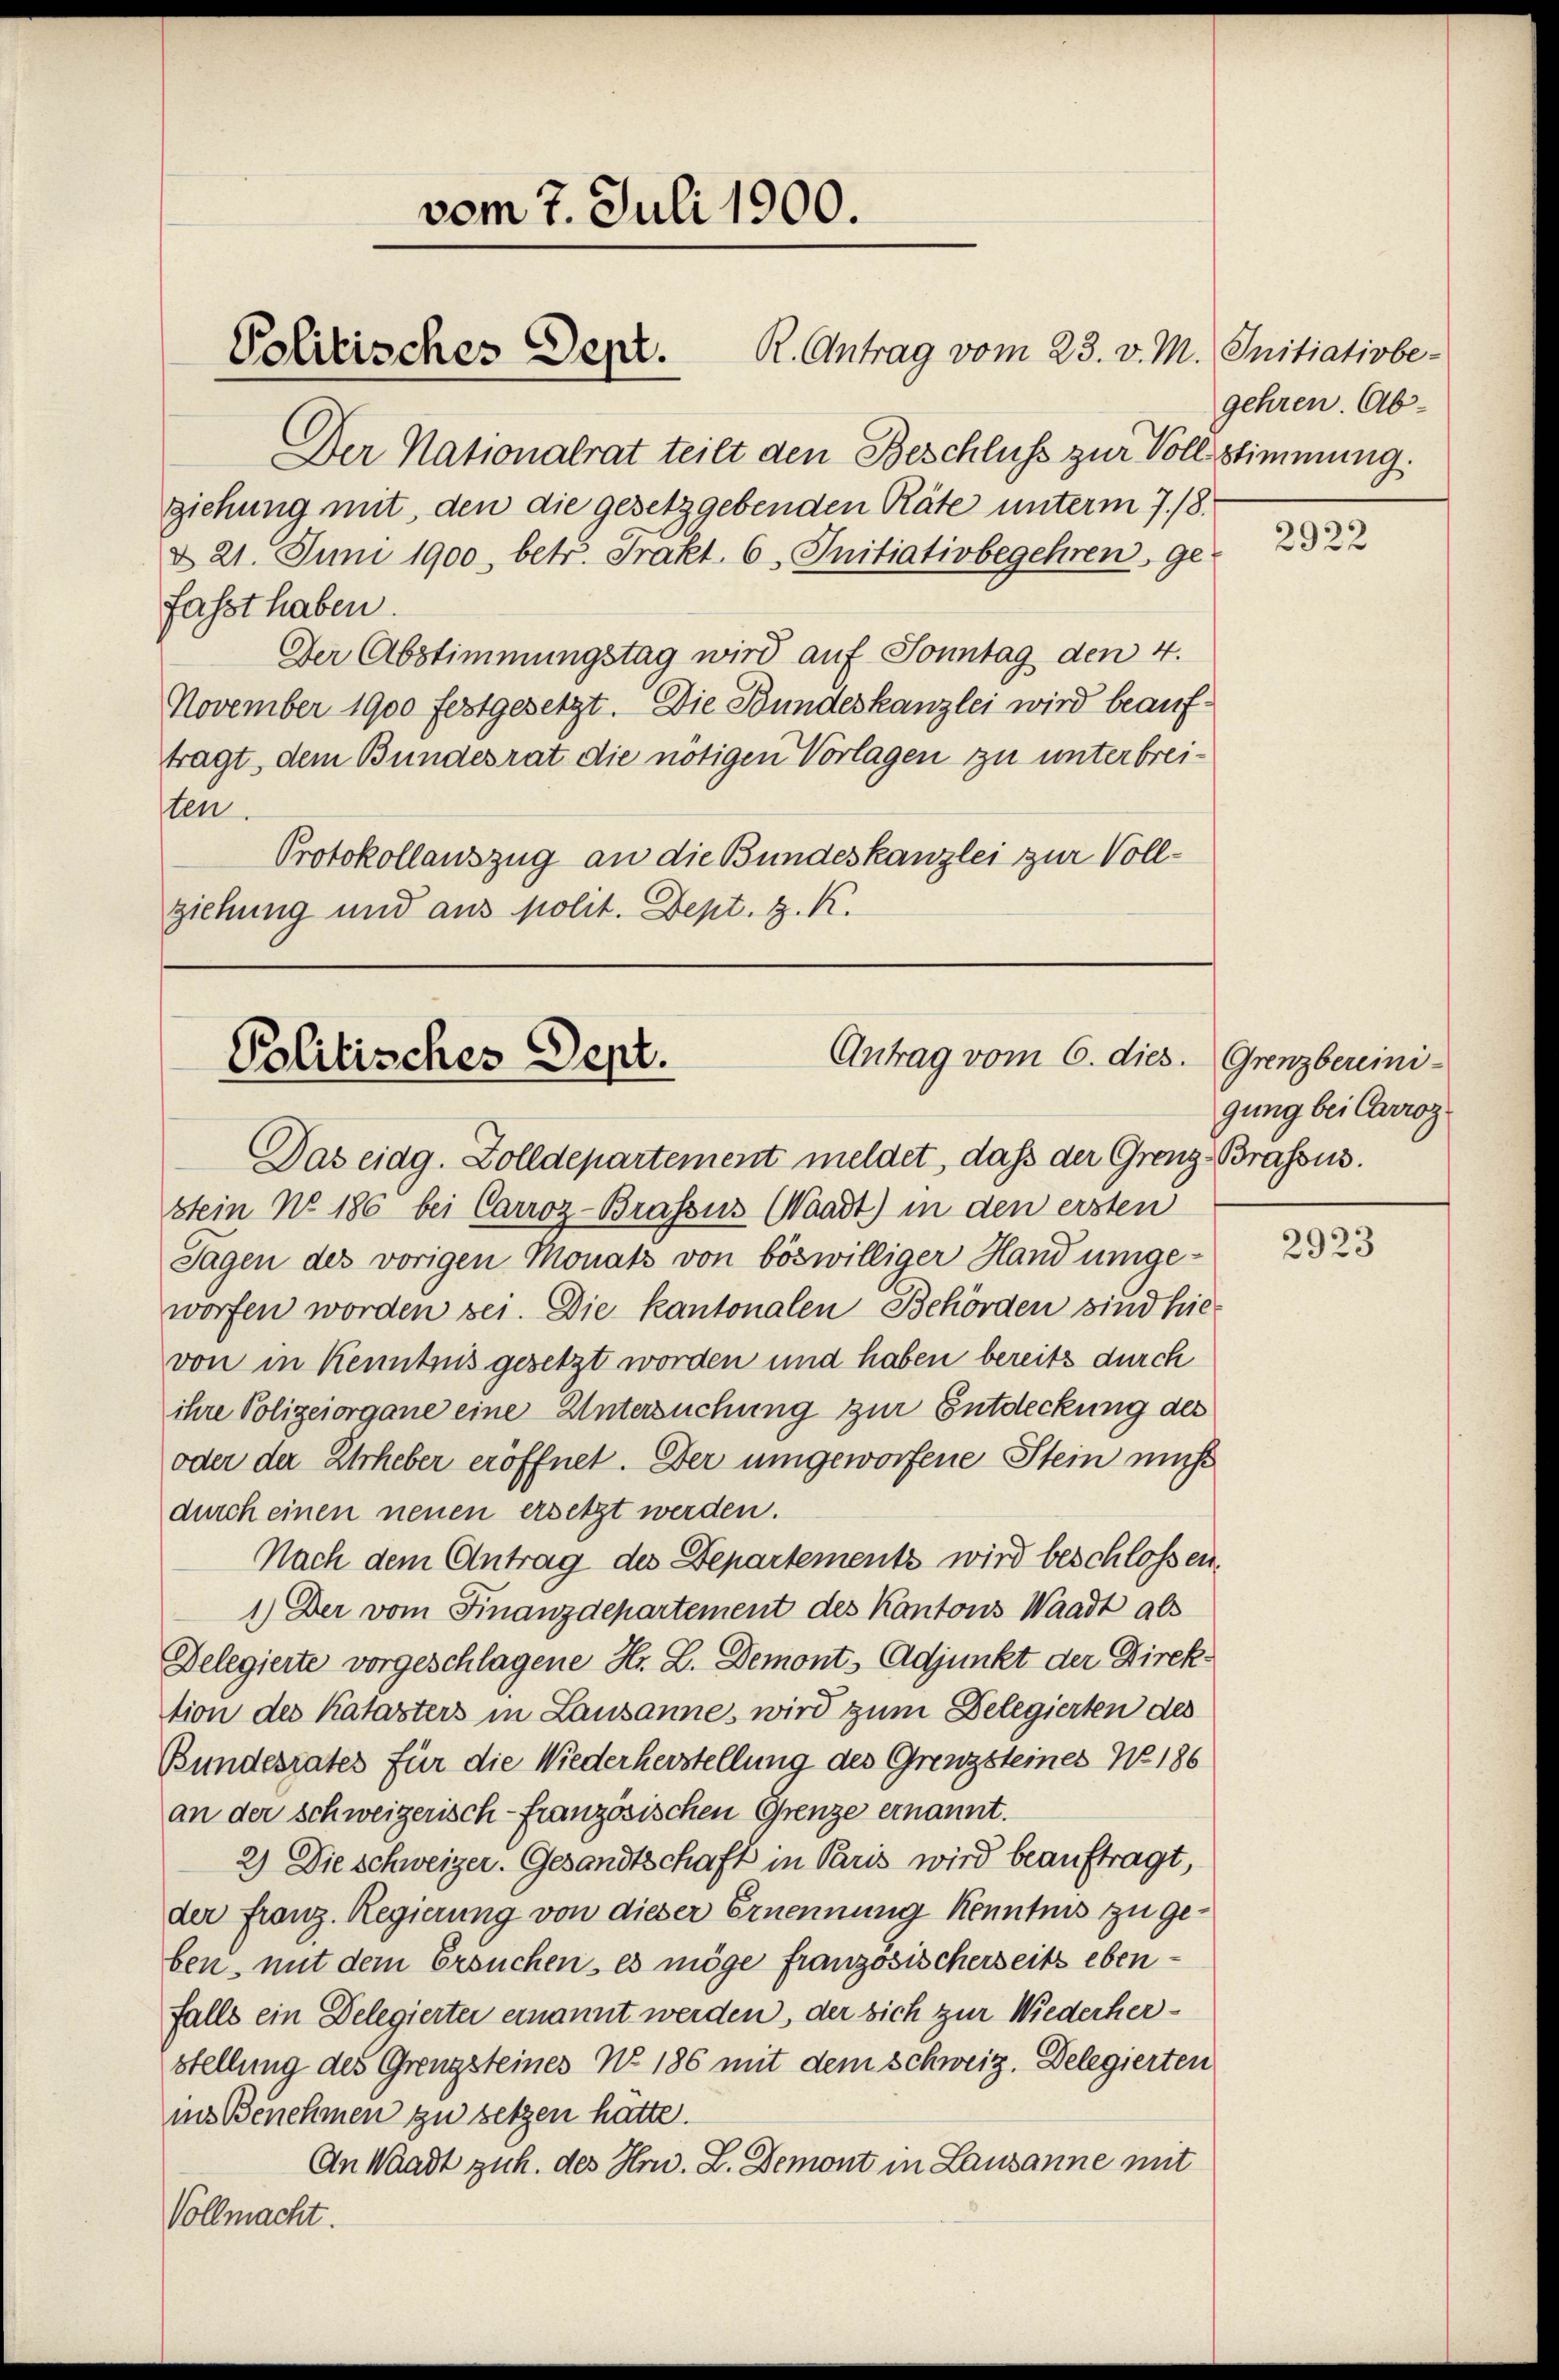
Der Nationalrat teilt den Beschluss zur Voll stimmung.
ziehung mit, den die gesetzgebenden Räte unterm 7./8.
d 21. Juni 1900, betr. Prakt. 6, Initiativbegehren, ge
fasst haben.
Der Abstimmungstag wird auf Sonntag den 4.
November 1900 festgesetzt. Die Bundeskanzlei wird beauftragt, dem Bundesrat die nötigen Vorlagen zu unterbreiten.
Protokollauszug an die Bundeskanzlei zur Vollziehung und aus polit. Dept. d. K.

vom 7. Juli 1900.

Politisches Denz. R. Antrag vom 23. v. M. Initiativbe-

gehren. Ab¬

Antrag vom 6. dies. Grenzbereini-
Politisches Sept.

Das eidg. Zolldepartement meldet, dass der Grenz Brassus.
stein No 186 bei Carroz-Brassus (Waadt) in den ersten
Tagen des vorigen Monats von böswilliger Hand umge-
worfen worden sei. Die kantonalen Behörden sind hie-
von in Kenntnis gesetzt worden und haben bereits durch
ihre Polizeiorgane eine Untersuchung zur Entdeckung des
oder der Urheber eröffnet. Der umgeworfene Stein mich
durch einen neuen ersetzt werden.
Nach dem Antrag des Departements wird beschlossen.
1.) Der vom Finanzdepartement des Kantons Waadt als
Delegierte vorgeschlagene Hr. L. Demonts Adjunkt der Direktion des Katasters in Lausannes wird zum Delegierten des
Bundesrates für die Wiederherstellung des Grenzsteines No 186
an der schweizerisch-französischen Grenze ernannt.
2) Die Schweizer. Gesandtschaft in Paris wird beauftragt,
der Franz. Regierung von dieser Ernennung Kenntnis zu geben, mit dem Ersuchen, es möge französischerseits ebenfalls ein Delegierter ernannt werden, der sich zur Wiederherstellung des Grenzsteines No 186 mit dem Schweiz. Delegierten
ins Benehmen zu setzen hätte.
An Waadt zuh. des Hrn. L. Demont in Lausanne mit
Vollmacht.

2922

gung bei Carroz

2923